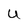
Character: U